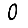
Digit: 0